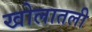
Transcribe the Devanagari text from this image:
खोलातली